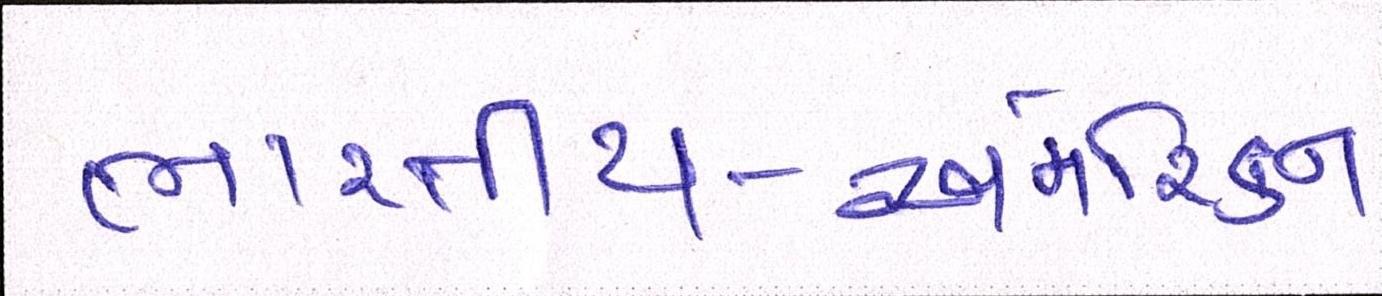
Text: ભારતીય-અમેરિકન